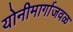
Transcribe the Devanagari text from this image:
योनीमार्गाजवळ